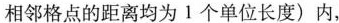
相邻格点的距离均为1个单位长度)内，